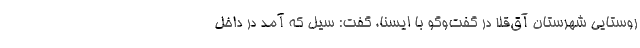
روستایی شهرستان آق‌قلا در گفت‌وگو با ایسنا، گفت: سیل که آمد در داخل